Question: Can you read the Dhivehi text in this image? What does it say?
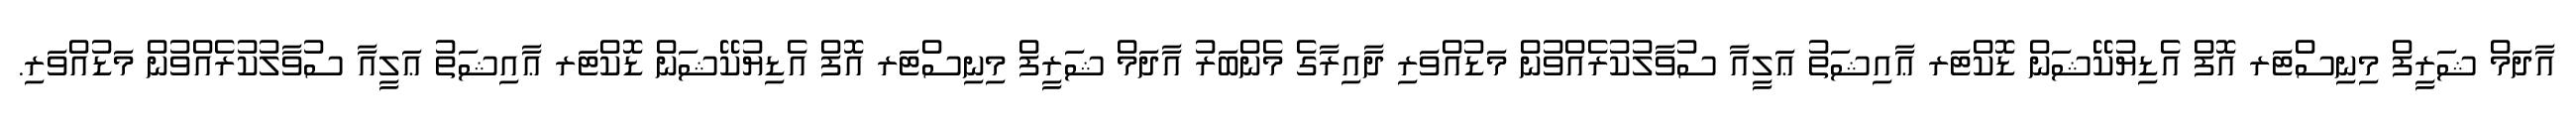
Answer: އާދަމް ޝަރީފް މިނިސްޓަރ އޮފް އެޑިޔުކޭޝަން ޑޮކްޓަރ ޢާއިޝަތު ޢަލީއާ ސުވާލުކުރެއްވުން މަޑުއްވަރި ދާއިރާގެ މެންބަރު އާދަމް ޝަރީފް މިނިސްޓަރ އޮފް އެޑިޔުކޭޝަން ޑޮކްޓަރ ޢާއިޝަތު ޢަލީއާ ސުވާލުކުރެއްވުން މަޑުއްވަރި.